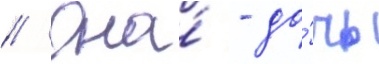
// Она́ - до́чь